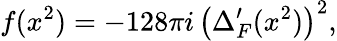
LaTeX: f(x^{2})=-128\pi i\, \left(\Delta_{F}^{\prime}(x^{2})\right)^{2},